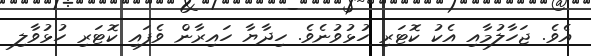
އެވެ. ޖަހާލުމާއި އެކު ކޮޓަރި ހުޅުވުނެވެ. ހިދާޔާ ހައިރާން ވެފައި ކޮޓަރި ހުޅުވާލި